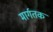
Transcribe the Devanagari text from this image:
मार्गतक